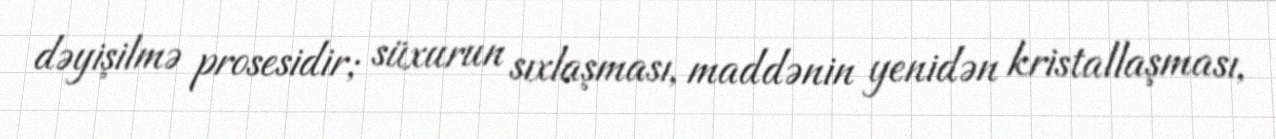
dəyişilmə prosesidir; süxurun sıxlaşması, maddənin yenidən kristallaşması,